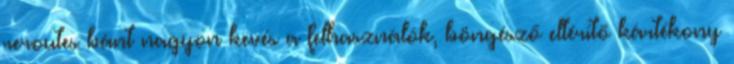
reroutes bánt nagyon kevés a felhasználók, böngésző eltérítő kártékony